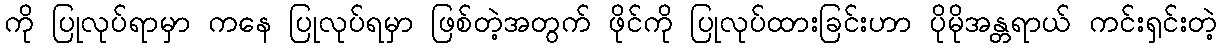
ကို ပြုလုပ်ရာမှာ ကနေ ပြုလုပ်ရမှာ ဖြစ်တဲ့အတွက် ဖိုင်ကို ပြုလုပ်ထားခြင်းဟာ ပိုမိုအန္တရာယ် ကင်းရှင်းတဲ့